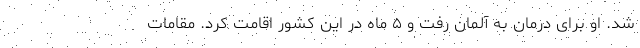
شد. او برای درمان به آلمان رفت و ۵ ماه در این کشور اقامت کرد. مقامات